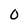
Character: 0